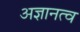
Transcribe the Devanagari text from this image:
अज्ञानत्व